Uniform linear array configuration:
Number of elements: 8
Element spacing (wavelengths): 0.75
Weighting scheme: hamming
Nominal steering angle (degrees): -15
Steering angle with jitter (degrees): -16.839
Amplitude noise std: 0.05
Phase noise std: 0.05

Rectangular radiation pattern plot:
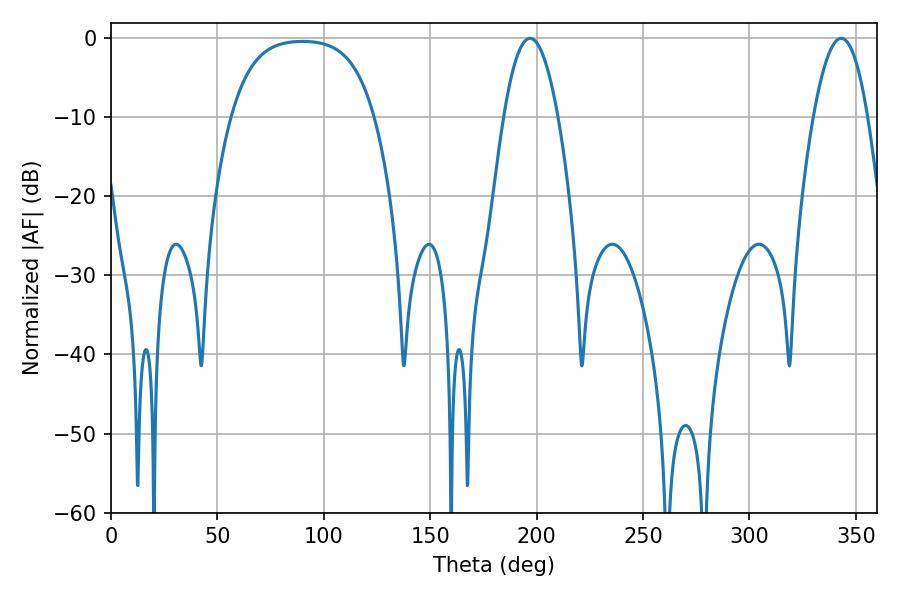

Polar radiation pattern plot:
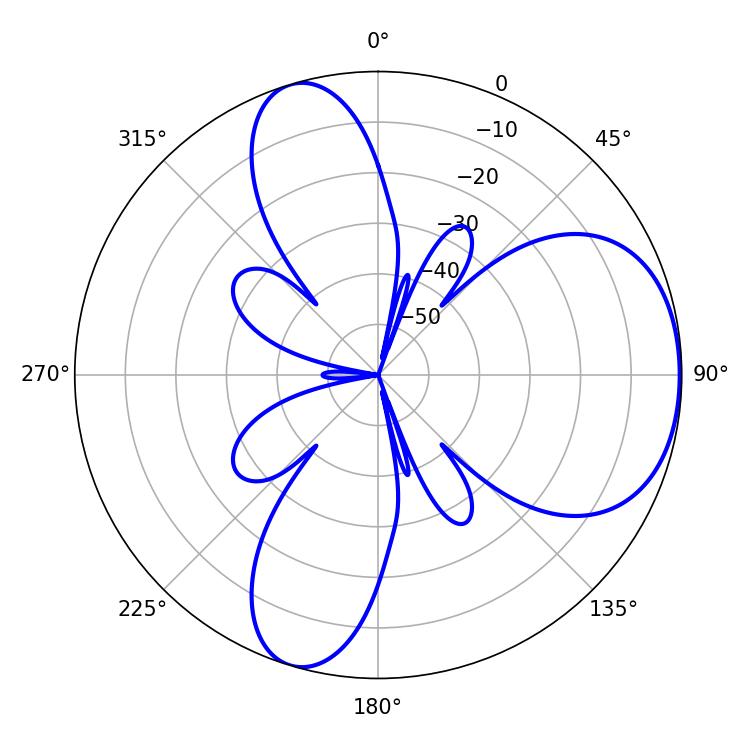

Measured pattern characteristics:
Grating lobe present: TRUE
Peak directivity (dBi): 5.566
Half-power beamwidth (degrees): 13.86
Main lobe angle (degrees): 196.92